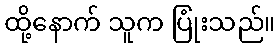
ထို့နောက် သူက ပြုံးသည်။